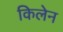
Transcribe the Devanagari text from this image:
किलेन